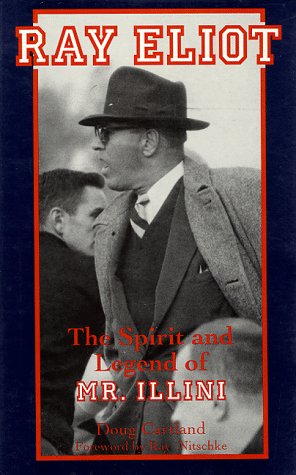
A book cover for Ray Eliot: The Spirit and Legend of Mr. Illini; Doug Cartland; Sports & Outdoors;